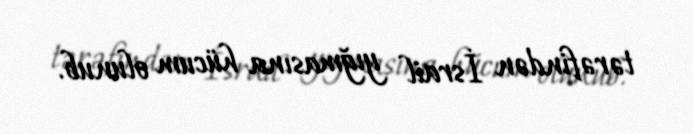
tərəfindən İsrail yığmasına hücum olunub.